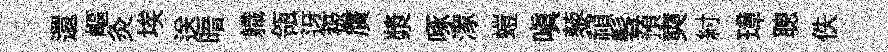
還嶇灸埃送暗軄瓴迓极贋漿啄潈螘嗔藜禎髫預奭紂璋聰佚